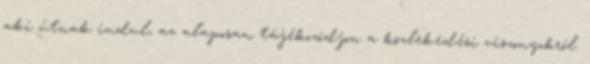
aki útnak indul, az alaposan tájékozódjon a közlekedési viszonyokról.